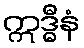
ဣဒ္ဓီနံ